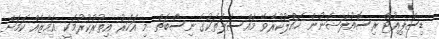
ޑިސްޕިއުޓް ރިސޮއުލަޝަނުން ހައްލުކުރެވޭ މައްސަލަތަކުގެ ނިސްބަތް މި އަހަރު އިތުރުކުރުމަކީ އަމާޒެއް ކަމަށް